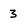
Character: 3